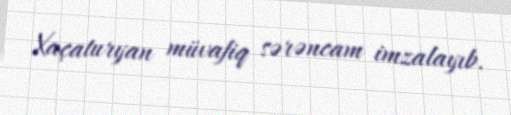
Xaçaturyan müvafiq sərəncam imzalayıb.